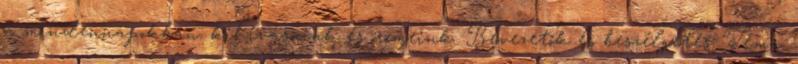
a mindennapokban: kihívásaink és örömeink. Bevezetők és beszélgetés. Téma: